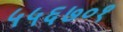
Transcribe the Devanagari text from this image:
५५६७०१